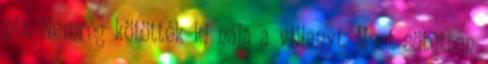
pia. Nemrég kötötték ki nála a villanyt. Most sötétben